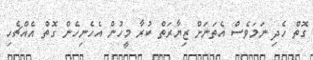
ގޮތް ހެދި ނަމަވެސް އެތަނަށް ޒިޔާރަތް ކުރާ މީހުން އެހެނިހެން ގޮތް އެއްޗެހި